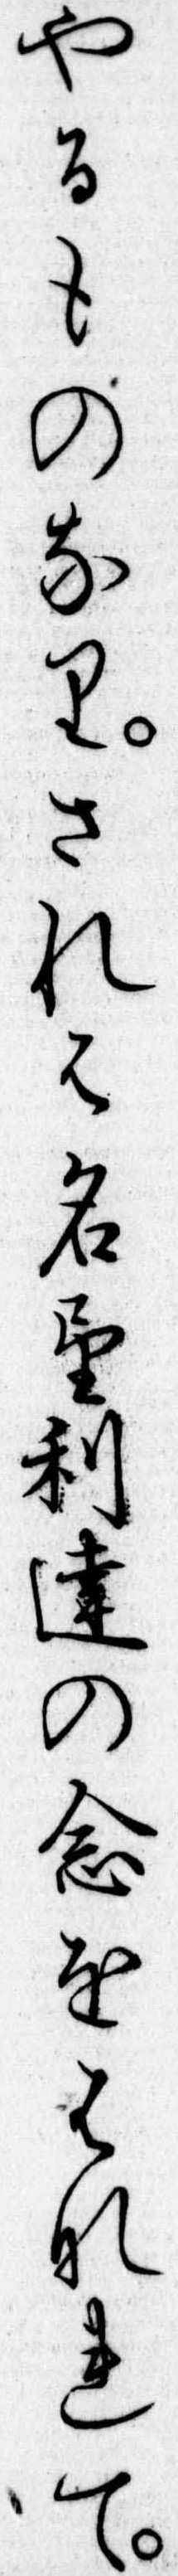
やるものなりされは名望利達の念をはなれて